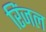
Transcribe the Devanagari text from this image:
रिंजल